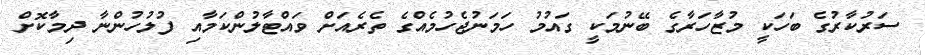
ސަރުކާރުގެ ބަހަކީ މުޒާހަރާގެ ބޭނުމަކީ ގައުމު ހަމަނުޖެހުމެއްގެ ތެރެއަށް ވައްޓާލުންކަމާއި ފުލުހުންނާ ދިމާކޮށް